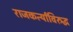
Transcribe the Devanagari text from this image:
राजकर्त्यांविरुद्ध